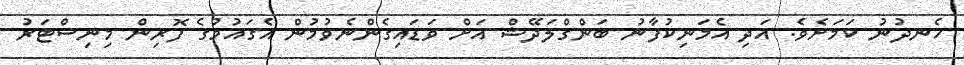
ހެނދުނު ކަމަށެވެ. އަދި އެމަނިކުފާނު ބަންގްލަދޭޝް އަށް ވަޑައިގެންނެވުމުން އެގައުމުގެ ފޮރިން މިނިސްޓަރު